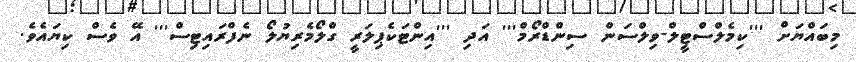
މިބައްޔަށް '''ކިމެލްސްޓީލް-ވިލްސަން ސިންޑްރޯމް''' އަދި '''އިންޓަކެޕިލަރީ ގްލޯމެރިޔުލޯ ނެފްރައިޓިސް''' އޭ ވެސް ކިޔައެވެ.